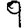
Digit: 9